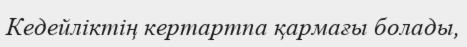
Кедейліктің кертартпа қармағы болады,